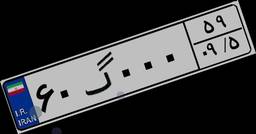
۶۰گ۰۰۰۵۹